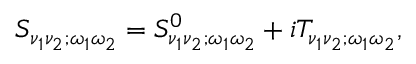
S _ { \nu _ { 1 } \nu _ { 2 } ; \omega _ { 1 } \omega _ { 2 } } = S _ { \nu _ { 1 } \nu _ { 2 } ; \omega _ { 1 } \omega _ { 2 } } ^ { 0 } + i T _ { \nu _ { 1 } \nu _ { 2 } ; \omega _ { 1 } \omega _ { 2 } } ,